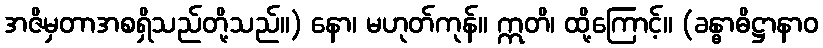
အဇိမှတာအစရှိသည်တို့သည်။) နော၊ မဟုတ်ကုန်။ ဣတိ၊ ထို့ကြောင့်။ (ခန္ဓာဓိဋ္ဌာနာဝ